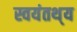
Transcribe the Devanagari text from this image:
स्वयंतथ्‌य